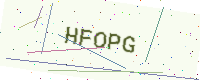
Text: HFOPG